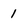
Character: 1